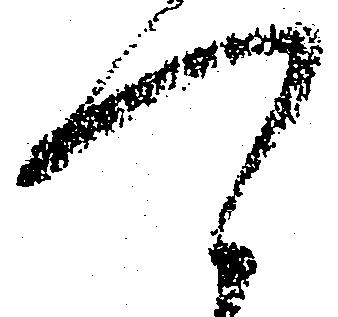
可